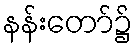
နန်းတော်၌